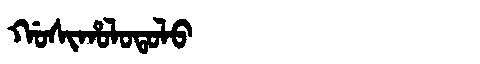
Manchu: ᡤᠣᠰᡳᡥᠣᠯᠣᡨᠣᠯᠣ
Romanization: GOSIHOLOTOLO